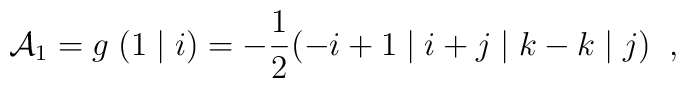
{\cal A}_{1}=g \; (1 \; \vert \; i) = -\frac{1}{2}(-i+1 \; \vert \; i +j \; \vert \; k - k \; \vert \; j) \; \; ,